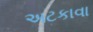
અટકાવા